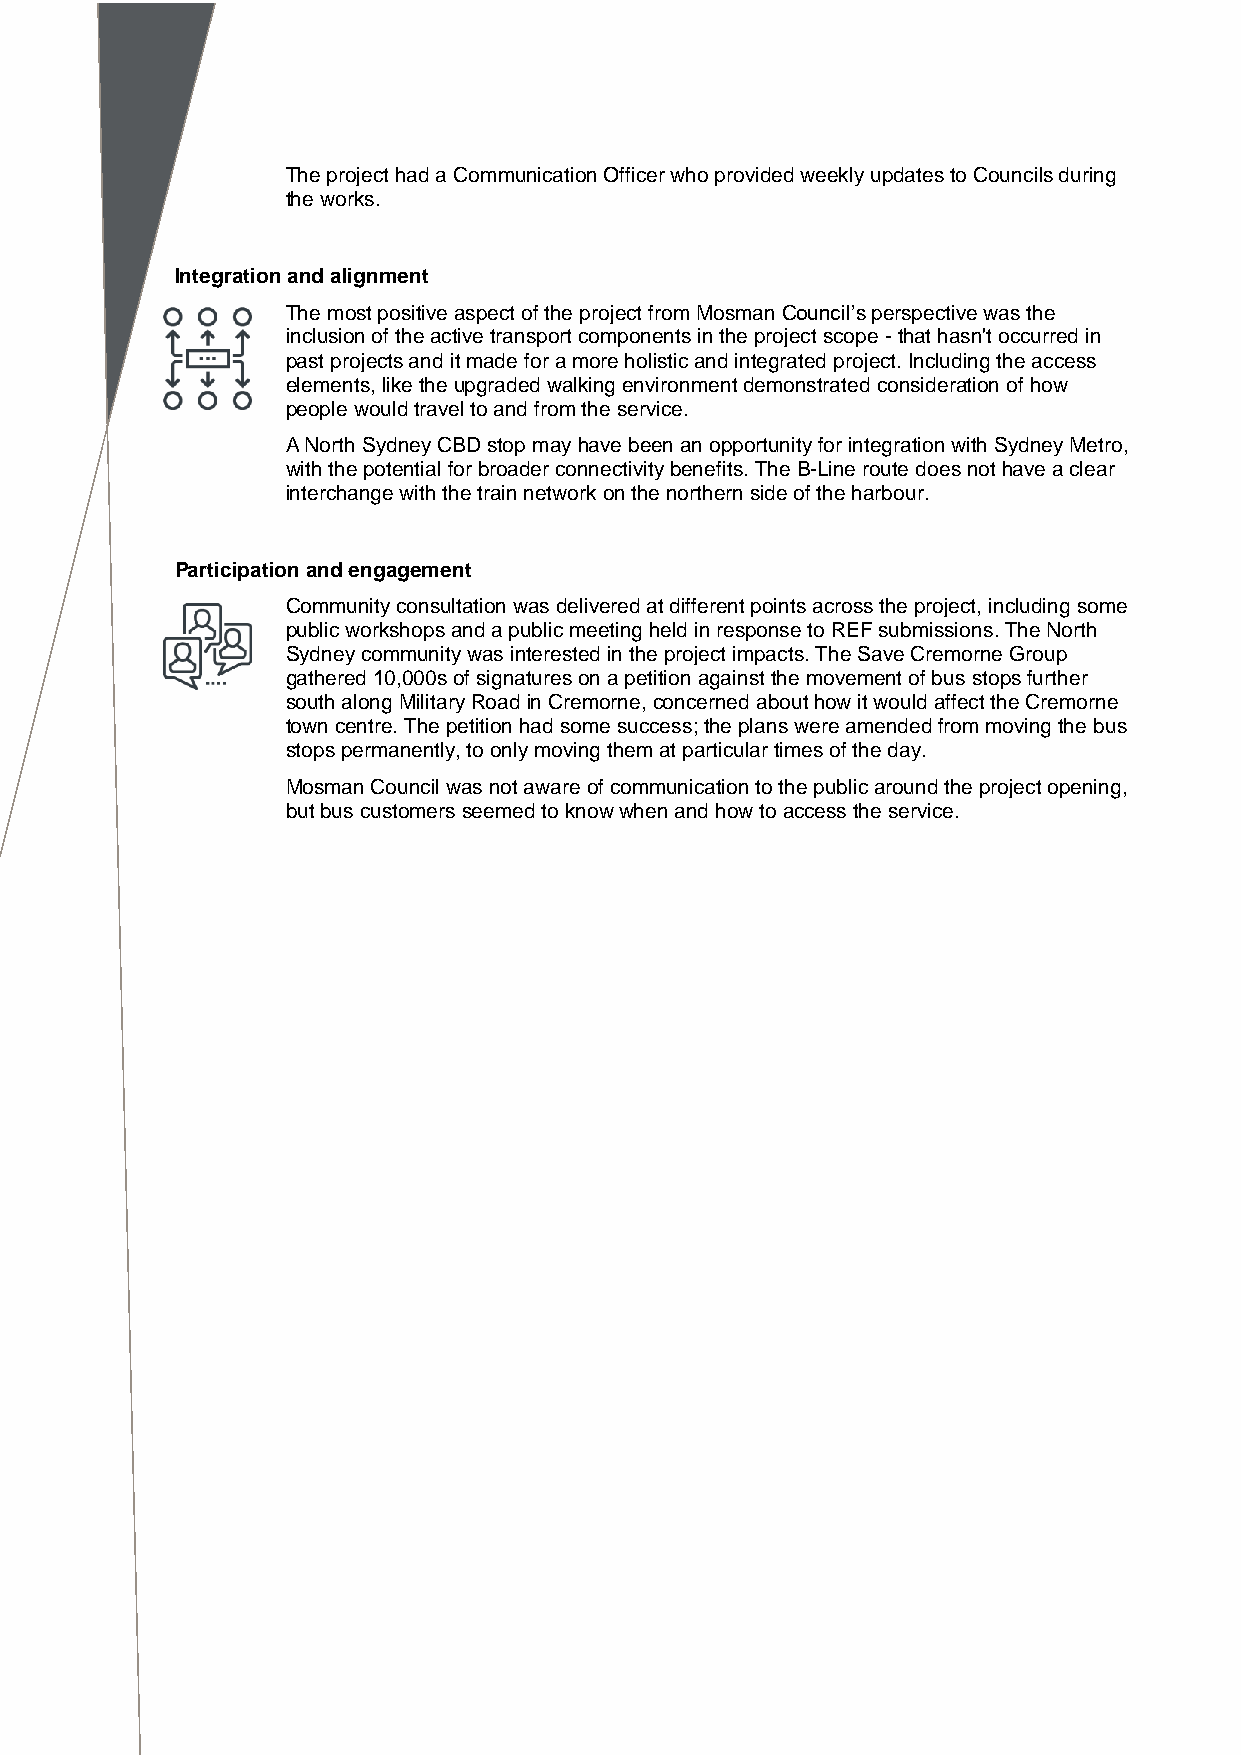
The project had a Communication Officer who provided weekly updates to Councils during
 the works.
 Integration and alignment
 The most positive aspect of the project from Mosman Council’s perspective was the
 inclusion of the active transport components in the project scope - that hasn't occurred in
 past projects and it made for a more holistic and integrated project. Including the access
 elements, like the upgraded walking environment demonstrated consideration of how
 people would travel to and from the service.
 A North Sydney CBD stop may have been an opportunity for integration with Sydney Metro,
 with the potential for broader connectivity benefits. The B-Line route does not have a clear
 interchange with the train network on the northern side of the harbour.
 Participation and engagement
 Community consultation was delivered at different points across the project, including some
 public workshops and a public meeting held in response to REF submissions. The North
 Sydney community was interested in the project impacts. The Save Cremorne Group
 gathered 10,000s of signatures on a petition against the movement of bus stops further
 south along Military Road in Cremorne, concerned about how it would affect the Cremorne
 town centre. The petition had some success; the plans were amended from moving the bus
 stops permanently, to only moving them at particular times of the day.
 Mosman Council was not aware of communication to the public around the project opening,
 but bus customers seemed to know when and how to access the service.